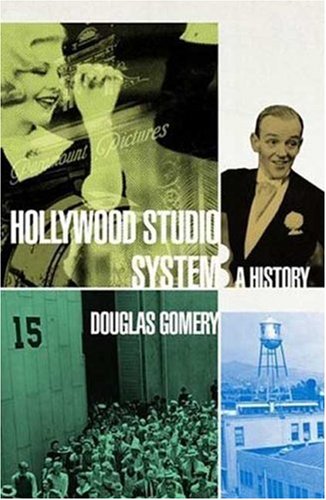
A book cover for The Hollywood Studio System: A History; Douglas Gomery; Humor & Entertainment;